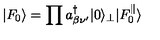
| F _ { 0 } \rangle = \prod a _ { \beta \nu ^ { \prime } } ^ { \dagger } | 0 \rangle _ { \bot } | F _ { 0 } ^ { \parallel } \rangle